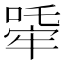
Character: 𤚧